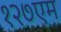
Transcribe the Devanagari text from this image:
१२७एम